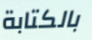
بالكتابة